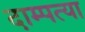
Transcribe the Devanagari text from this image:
दाम्पत्या